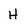
Character: H